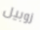
زوبيل